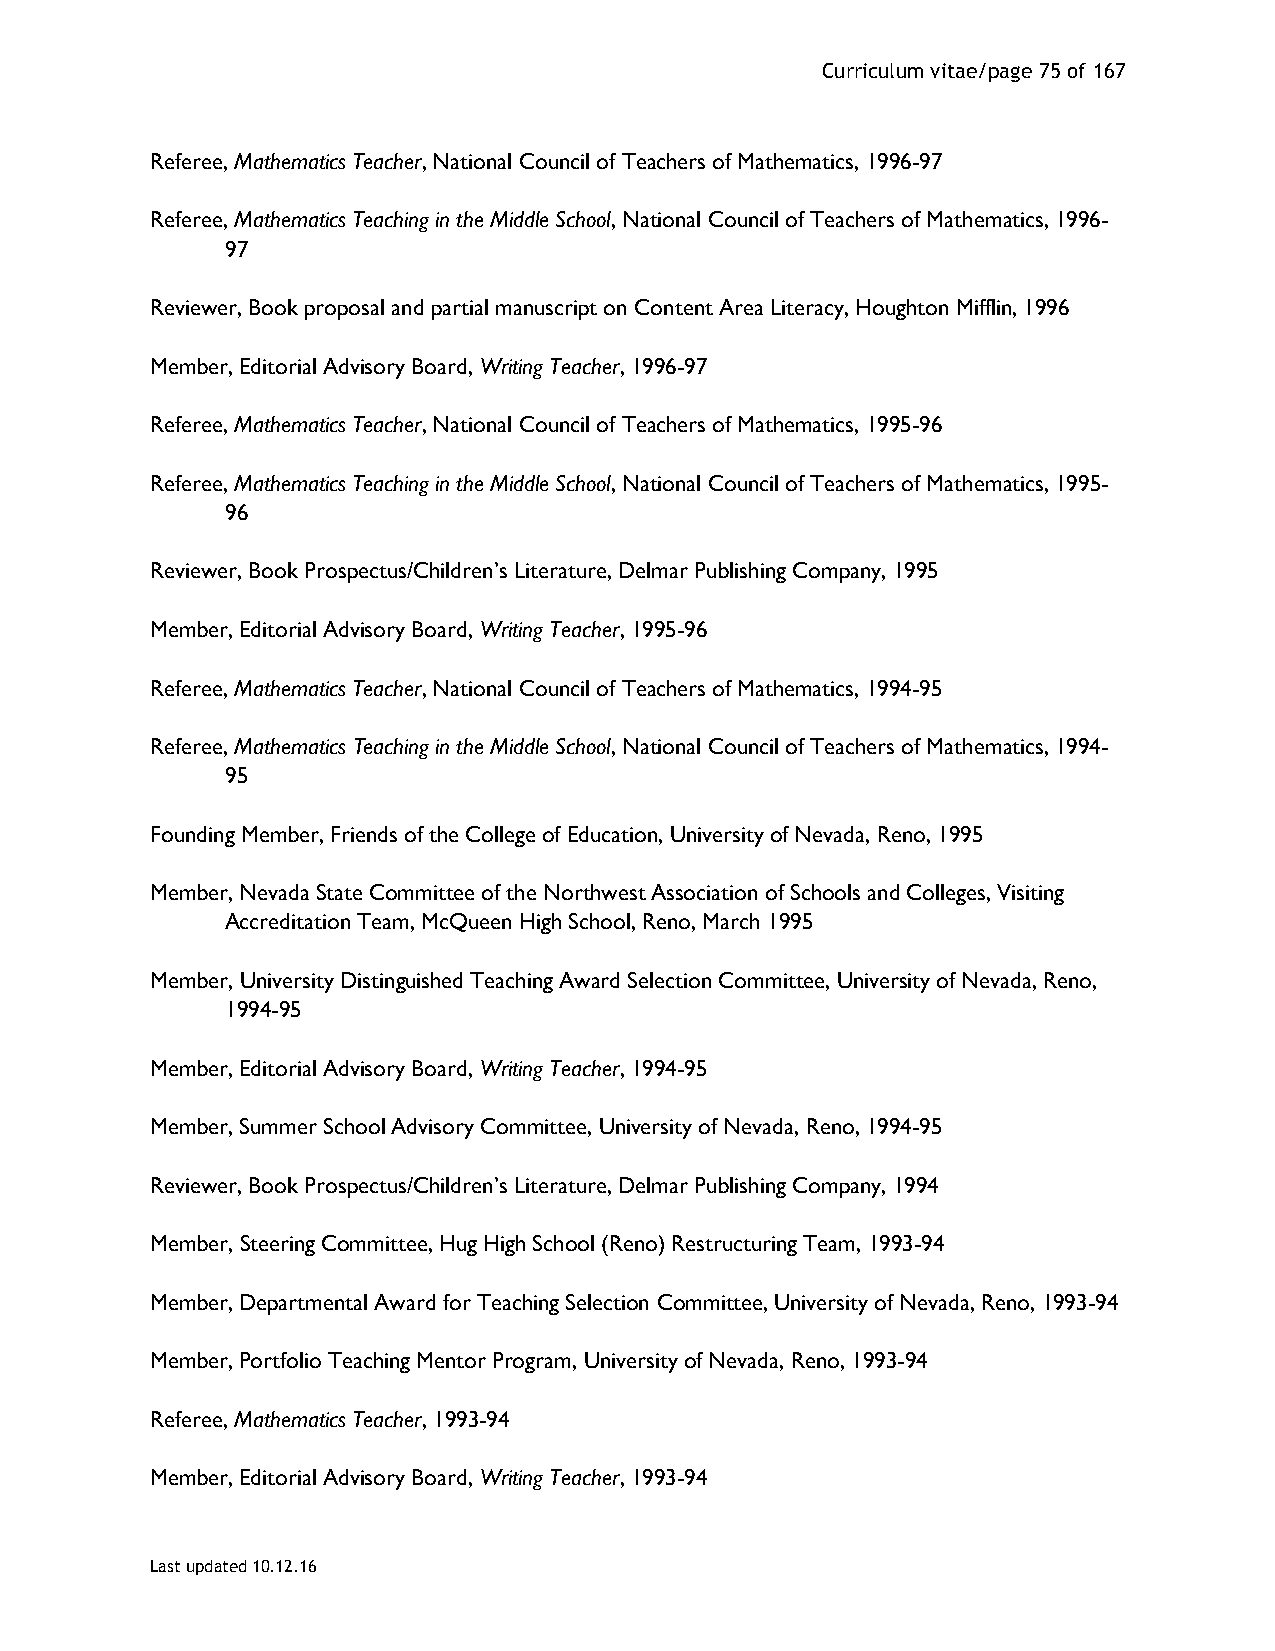
Curriculum vitae/page 75 of 167
 Referee, Mathematics Teacher, National Council of Teachers of Mathematics, 1996-97
 Referee, Mathematics Teaching in the Middle School, National Council of Teachers of Mathematics, 1996-
 97
 Reviewer, Book proposal and partial manuscript on Content Area Literacy, Houghton Mifflin, 1996
 Member, Editorial Advisory Board, Writing Teacher, 1996-97
 Referee, Mathematics Teacher, National Council of Teachers of Mathematics, 1995-96
 Referee, Mathematics Teaching in the Middle School, National Council of Teachers of Mathematics, 1995-
 96
 Reviewer, Book Prospectus/Children’s Literature, Delmar Publishing Company, 1995
 Member, Editorial Advisory Board, Writing Teacher, 1995-96
 Referee, Mathematics Teacher, National Council of Teachers of Mathematics, 1994-95
 Referee, Mathematics Teaching in the Middle School, National Council of Teachers of Mathematics, 1994-
 95
 Founding Member, Friends of the College of Education, University of Nevada, Reno, 1995
 Member, Nevada State Committee of the Northwest Association of Schools and Colleges, Visiting
 Accreditation Team, McQueen High School, Reno, March 1995
 Member, University Distinguished Teaching Award Selection Committee, University of Nevada, Reno,
 1994-95
 Member, Editorial Advisory Board, Writing Teacher, 1994-95
 Member, Summer School Advisory Committee, University of Nevada, Reno, 1994-95
 Reviewer, Book Prospectus/Children’s Literature, Delmar Publishing Company, 1994
 Member, Steering Committee, Hug High School (Reno) Restructuring Team, 1993-94
 Member, Departmental Award for Teaching Selection Committee, University of Nevada, Reno, 1993-94
 Member, Portfolio Teaching Mentor Program, University of Nevada, Reno, 1993-94
 Referee, Mathematics Teacher, 1993-94
 Member, Editorial Advisory Board, Writing Teacher, 1993-94
 Last updated 10.12.16